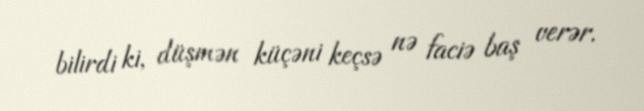
bilirdi ki, düşmən küçəni keçsə nə faciə baş verər.